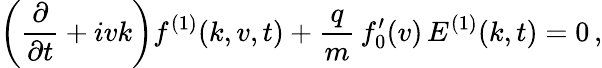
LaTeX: \left(\frac{\partial}{\partial t}+ivk\right)f^{(1)}(k,v,t)+\frac{q}{m}\, f_{0}^{\prime}(v)\, E^{(1)}(k,t)=0\, ,